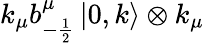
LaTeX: k_{\mu}b_{-\frac{1}{2}}^{\mu}\left|0,k\right\rangle\otimes k_{\mu}